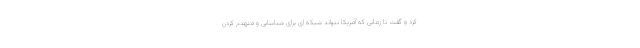
کرد و گفت تا زمانی که آمریکا نتواند شبکه ای برای شناسایی و منهدم کردن